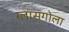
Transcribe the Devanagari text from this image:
ग्लासगोला